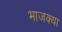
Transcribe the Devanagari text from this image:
भाजक्या